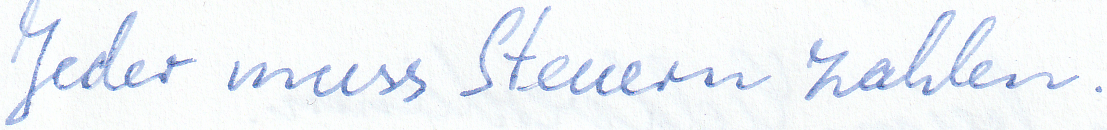
Jeder muss Steuern zahlen.